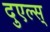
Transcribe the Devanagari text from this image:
दुएल्स्